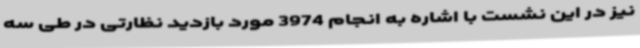
نیز در این نشست با اشاره به انجام 3974 مورد بازدید نظارتی در طی سه